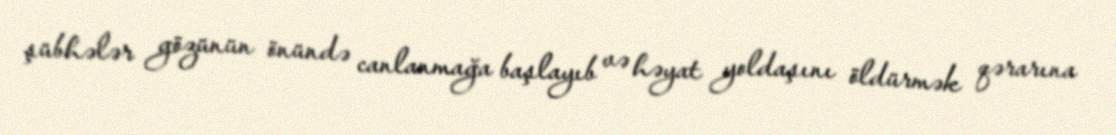
şübhələr gözünün önündə canlanmağa başlayıb və həyat yoldaşını öldürmək qərarına